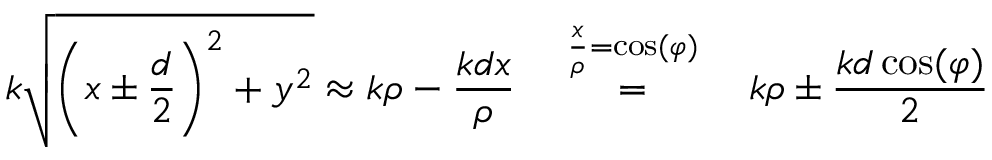
k \sqrt { \left( x \pm \frac { d } { 2 } \right) ^ { 2 } + y ^ { 2 } } \approx k \rho - \frac { k d x } { \rho } \quad \stackrel { \frac { x } { \rho } = \cos ( \varphi ) } { = } \quad k \rho \pm \frac { k d \cos ( \varphi ) } { 2 }